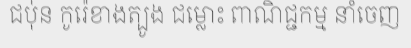
ជបុ់ន កូរ៉េខាងត្បូង ជម្លោះ ពាណិជ្ជកម្ម នាំចេញ